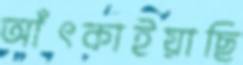
আঁৎকাইয়াছি